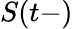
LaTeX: S(t-)